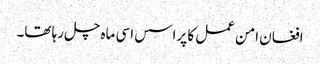
افغان امن عمل کا پراسس اسی ماہ چل رہا تھا۔